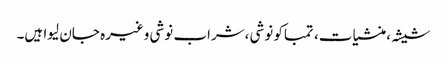
شیشہ ،منشیات، تمباکو نوشی ،شراب نوشی وغیرہ جان لیوا ہیں۔